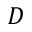
D